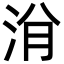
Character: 洕